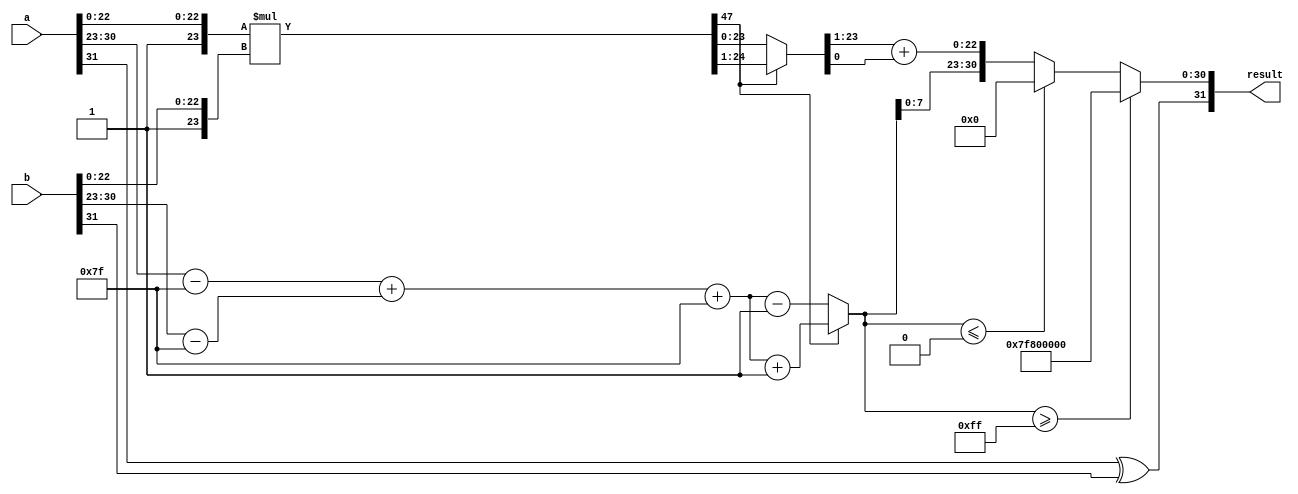
module fp_multiplier (
    input [31:0] a, // First floating-point input
    input [31:0] b, // Second floating-point input
    output reg [31:0] result // Resulting floating-point output
);

    // Constants
    localparam BIAS = 8'd127;
    localparam MANTISSA_WIDTH = 23;
    localparam EXPONENT_WIDTH = 8;

    // Internal signals
    wire sign_a = a[31];
    wire sign_b = b[31];
    wire [EXPONENT_WIDTH-1:0] exp_a = a[30:23];
    wire [EXPONENT_WIDTH-1:0] exp_b = b[30:23];
    wire [MANTISSA_WIDTH-1:0] mant_a = a[22:0];
    wire [MANTISSA_WIDTH-1:0] mant_b = b[22:0];

    wire [MANTISSA_WIDTH+1:0] mant_a_ext = {1'b1, mant_a}; // Extend mantissa with implicit leading 1
    wire [MANTISSA_WIDTH+1:0] mant_b_ext = {1'b1, mant_b}; // Extend mantissa with implicit leading 1

    // Sign of the result
    wire result_sign = sign_a ^ sign_b;

    // Exponent calculation
    wire [EXPONENT_WIDTH-1:0] exp_a_adjusted = exp_a - BIAS;
    wire [EXPONENT_WIDTH-1:0] exp_b_adjusted = exp_b - BIAS;
    wire [EXPONENT_WIDTH:0] exp_result = exp_a_adjusted + exp_b_adjusted + BIAS;

    // Mantissa multiplication
    wire [2*MANTISSA_WIDTH+2:0] mant_result = mant_a_ext * mant_b_ext;

    // Normalization
    reg [MANTISSA_WIDTH+1:0] mantissa_final;
    reg [EXPONENT_WIDTH:0] exp_final;
    always @(*) begin
        if (mant_result[2*MANTISSA_WIDTH+1]) begin
            // If mantissa is greater than 1, normalize by right shift
            mantissa_final = mant_result[2*MANTISSA_WIDTH:1]; // Shift right
            exp_final = exp_result + 1; // Increment exponent
        end else begin
            // If mantissa is less than 1, normalize by left shift
            mantissa_final = mant_result[2*MANTISSA_WIDTH:0]; // Shift left
            exp_final = exp_result - 1; // Decrement exponent
        end
    end

    // Rounding (simple round to nearest)
    wire [MANTISSA_WIDTH:0] mantissa_rounded = mantissa_final[MANTISSA_WIDTH:1] + mantissa_final[0];

    // Final output construction
    always @(*) begin
        if (exp_final >= 255) begin
            // Overflow: set to infinity
            result = {result_sign, 8'b11111111, 23'b0};
        end else if (exp_final <= 0) begin
            // Underflow: set to zero
            result = {result_sign, 8'b0, 23'b0};
        end else begin
            // Normal case
            result = {result_sign, exp_final[7:0], mantissa_rounded[MANTISSA_WIDTH-1:0]};
        end
    end

endmodule